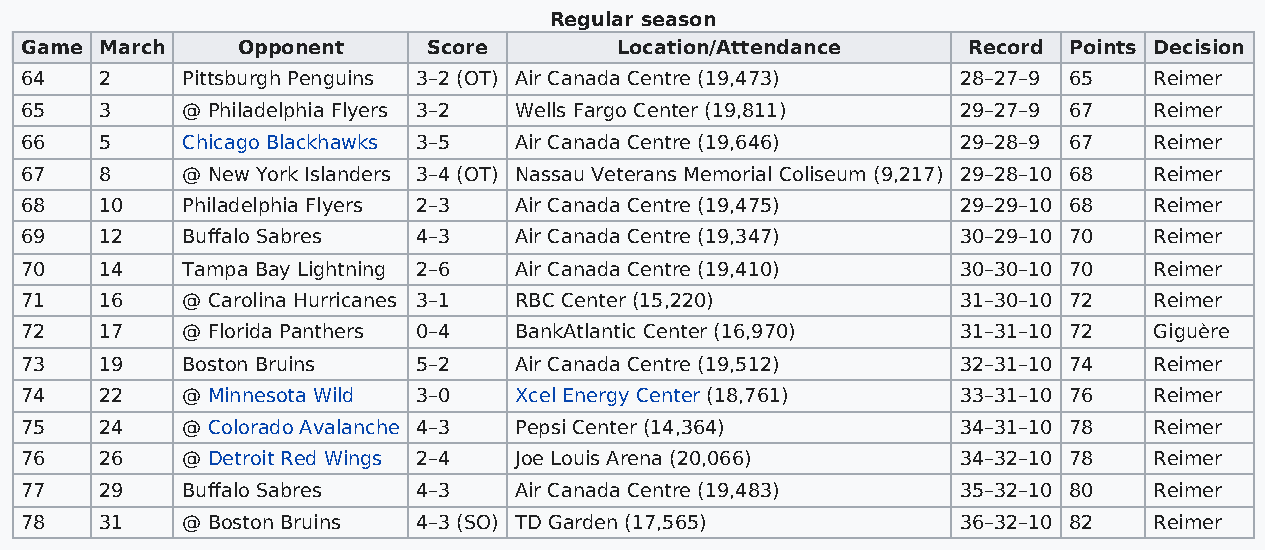
Regular season
 Game  March    Opponent    Score        Location/Attendance    Record Points Decision
 64    2    Pittsburgh Penguins 3–2 (OT) Air Canada Centre (19,473) 28–27–9 65 Reimer
 65    3    @ Philadelphia Flyers 3–2 Wells Fargo Center (19,811) 29–27–9 67 Reimer
 66    5    Chicago Blackhawks 3–5 Air Canada Centre (19,646)   29–28–9 67  Reimer
 67    8    @ New York Islanders 3–4 (OT) Nassau Veterans Memorial Coliseum (9,217) 29–28–10 68 Reimer
 68    10   Philadelphia Flyers 2–3 Air Canada Centre (19,475)  29–29–10 68 Reimer
 69    12   Buffalo Sabres  4–3   Air Canada Centre (19,347)    30–29–10 70 Reimer
 70    14   Tampa Bay Lightning 2–6 Air Canada Centre (19,410)  30–30–10 70 Reimer
 71    16   @ Carolina Hurricanes 3–1 RBC Center (15,220)       31–30–10 72 Reimer
 72    17   @ Florida Panthers 0–4 BankAtlantic Center (16,970) 31–31–10 72 Giguère
 73    19   Boston Bruins   5–2   Air Canada Centre (19,512)    32–31–10 74 Reimer
 74    22   @ Minnesota Wild 3–0  Xcel Energy Center (18,761)   33–31–10 76 Reimer
 75    24   @ Colorado Avalanche 4–3 Pepsi Center (14,364)      34–31–10 78 Reimer
 76    26   @ Detroit Red Wings 2–4 Joe Louis Arena (20,066)    34–32–10 78 Reimer
 77    29   Buffalo Sabres  4–3   Air Canada Centre (19,483)    35–32–10 80 Reimer
 78    31   @ Boston Bruins 4–3 (SO) TD Garden (17,565)         36–32–10 82 Reimer